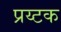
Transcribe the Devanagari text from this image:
प्रय्टक